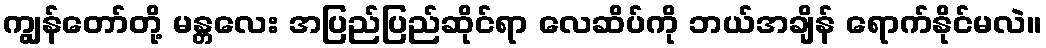
ကျွန်တော်တို့ မန္တလေး အပြည်ပြည်ဆိုင်ရာ လေဆိပ်ကို ဘယ်အချိန် ရောက်နိုင်မလဲ။